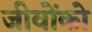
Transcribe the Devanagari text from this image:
जीवोंको